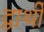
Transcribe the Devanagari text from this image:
द्वार्थी